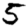
Digit: 5